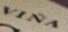
VINA